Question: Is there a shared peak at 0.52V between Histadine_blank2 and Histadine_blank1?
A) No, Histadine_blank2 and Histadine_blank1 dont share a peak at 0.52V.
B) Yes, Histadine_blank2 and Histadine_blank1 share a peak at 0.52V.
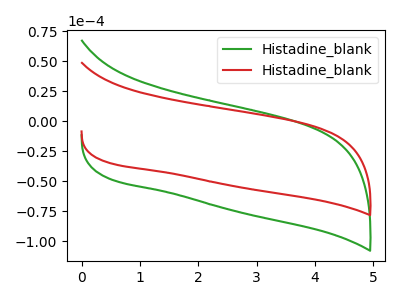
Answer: <think>The green curve "Histadine_blank1" has no peaks. The red curve "Histadine_blank2" has no peaks.</think>
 <answer>A) No, "Histadine_blank2" and "Histadine_blank1" dont share a peak at 0.52V.</answer>
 <eval>A</eval>